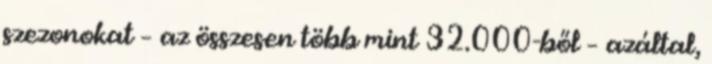
szezonokat – az összesen több mint 32.000-ből – azáltal,